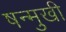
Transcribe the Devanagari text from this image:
षन्मुखी